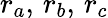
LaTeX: r_{a},\, r_{b},\, r_{c}